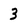
Character: 3